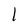
Character: 1